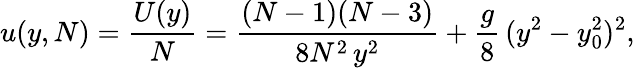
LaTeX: u(y,N)=\frac{U(y)}{N}=\frac{(N-1)(N-3)}{8N^{2}\, y^{2}}+\frac{g}{8}\, (y^{2}-y_{0}^{2})^{2},